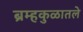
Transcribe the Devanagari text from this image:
ब्रम्हकुळातले